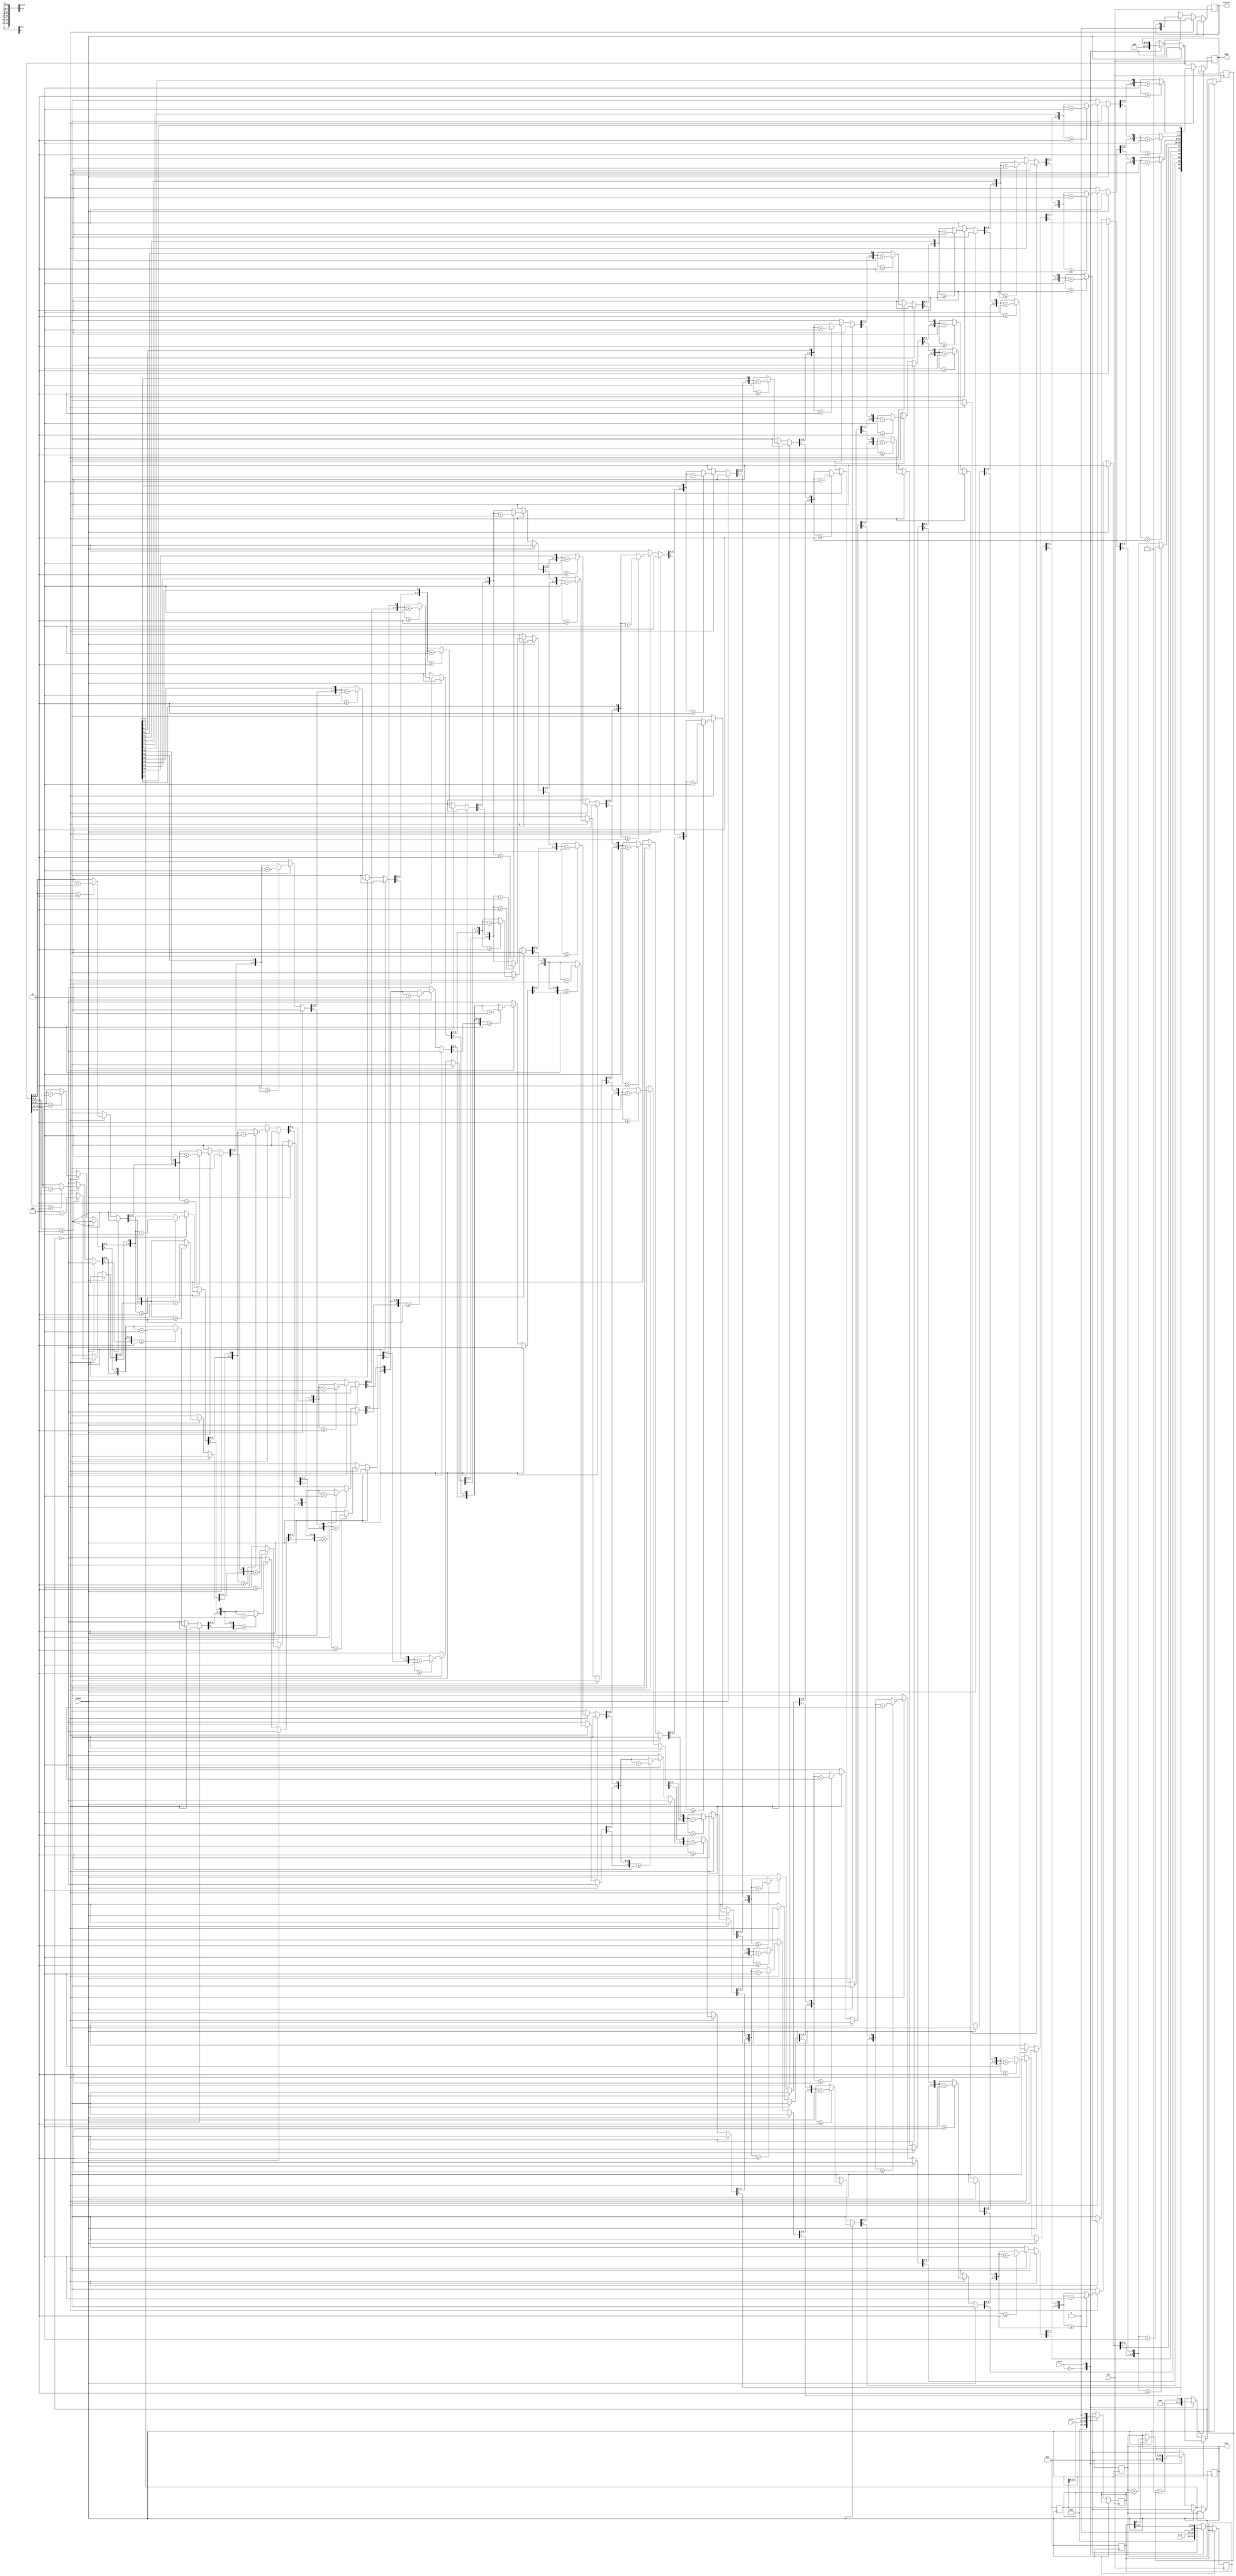
`timescale 1ns / 1ps
//////////////////////////////////////////////////////////////////////////////////
// Company: 
// Engineer: 
// 
// Design Name: 
// Module Name: mulitplier
// Project Name: 
// Target Devices: 
// Tool Versions: 
// Description: 
// 
// Dependencies: 
// 
// Revision:
// Revision 0.01 - File Created
// Additional Comments:
// 
//////////////////////////////////////////////////////////////////////////////////


module multiplier(
out,a_in,b_in,clk,start,reset,finish,bcd);
parameter N = 8;
//Outputs
output [(((N*2)/3)+1)*4-1:0] bcd;
output[(N*2)-1:0] out; 
output finish;

//inputs
input start;
input clk;
input reset;
input [N-1:0] a_in;
input [N-1:0] b_in;

//Reference registers
reg [(((N*2)/3)+1)*4-1:0] bcd_reg = 0;
reg [(N*2)-1:0] out_reg;
reg finish_reg = 0;
reg [(N*2)-1:0] a_in_reg;
reg [(N*2)-1:0] b_in_reg;
reg [8:0] bits;

//Continous Assignment 
assign bcd = bcd_reg;
assign out = out_reg;
assign finish = finish_reg;

integer i;

//Reset clk and inputs

always @(negedge reset)
begin 
    out_reg = 0;
    a_in_reg = 0;
    b_in_reg = 0;
end 

always @(posedge clk)
begin 
    if (!reset)
    begin 
        case(start)
            1'b0: begin
                a_in_reg = a_in;
                b_in_reg = b_in;
                bits = N;
                finish_reg = 0;
                out_reg = 0;
                bcd_reg = 0;
                $display ("Values loaded into the input register");
            end 
            1'b1: begin
                if(b_in_reg[0]==1)
                begin 
                    out_reg = out_reg + a_in_reg;
                end 
                bits = bits - 1;
                a_in_reg = a_in_reg <<1;
                b_in_reg = b_in_reg >>1;
            end
        endcase
        if (bits ==0)         
        begin 
            $display ("Multiplication completed");
            finish_reg = 1'b1;
       for (i=0;i<(N*2);i=i+1)
       begin 
       if (3 <= (((N*2)/3)+1)*4-1 && bcd_reg[3:0] >= 5) bcd_reg[3:0] = bcd_reg[3:0] +3;
       if (7 <= (((N*2)/3)+1)*4-1 && bcd_reg[7:4] >= 5) bcd_reg[7:4] = bcd_reg[7:4] +3;
       if (11 <= (((N*2)/3)+1)*4-1 && bcd_reg[11:8] >= 5) bcd_reg[11:8] = bcd_reg[11:8] +3;
       if (15 <= (((N*2)/3)+1)*4-1 && bcd_reg[15:12] >= 5) bcd_reg[15:12] = bcd_reg[15:12] +3;
       bcd_reg = {bcd_reg[(((N*2)/3)+1)*4-2:0],out_reg[(N*2)-1-i]};
       end 
     $display ("Conversion of Binary to BCD completed");
     
    end
  end  
end 
endmodule